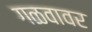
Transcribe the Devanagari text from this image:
गळवावर